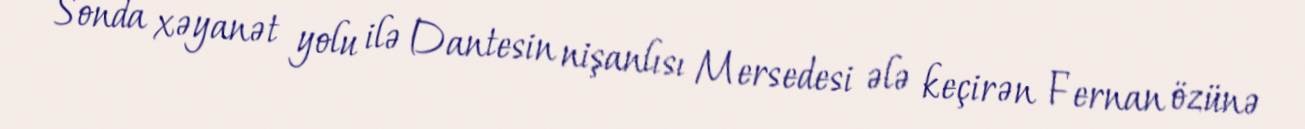
Sonda xəyanət yolu ilə Dantesin nişanlısı Mersedesi ələ keçirən Fernan özünə